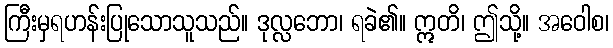
ကြီးမှရဟန်းပြုသောသူသည်။ ဒုလ္လဘော၊ ရခဲ၏။ ဣတိ၊ ဤသို့။ အဝေါစ၊